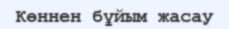
Көннен бұйым жасау